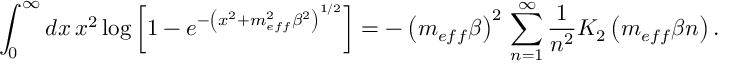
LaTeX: \int _ { 0 } ^ { \infty } d x \, x ^ { 2 } \log \left[ 1 - e ^ { - \left( x ^ { 2 } + m _ { e f f } ^ { 2 } \beta ^ { 2 } \right) ^ { 1 / 2 } } \right] = - \left( m _ { e f f } \beta \right) ^ { 2 } \, \sum _ { n = 1 } ^ { \infty } \frac { 1 } { n ^ { 2 } } K _ { 2 } \left( m _ { e f f } \beta n \right) .